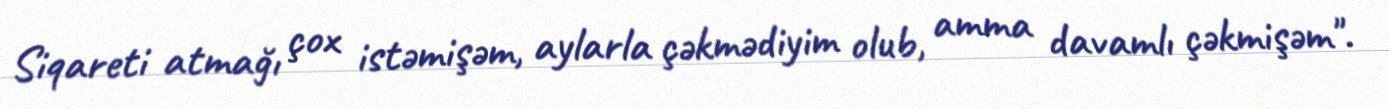
Siqareti atmağı çox istəmişəm, aylarla çəkmədiyim olub, amma davamlı çəkmişəm".